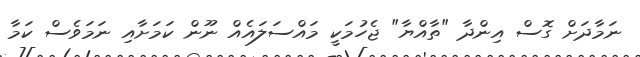
ނަމާދަށް ގޮސް އިންދާ "ތާއްޔާ" ޖެހުމަކީ މައްސަލައެއް ނޫން ކަމަށާއި ނަމަވެސް ކަމާ